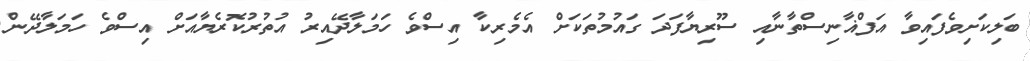
ބަލިކަށިވެފައިވާ އަފްޣާނިސްތާނާއި ސޫރިޔާފަދަ ގައުމުތަކަށް އެމެރިކާ އިސްވެ ހަމަލާދޭއިރު އުތުރުކޮރެޔާއަށް އިސްވެ ހަމަލާދޭން